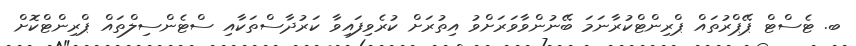
ބ. ޓެސްޓް ޕޭޕްރުތައް ޕްރިންޓްކުރާނަމަ ބޭނުންވާވަރަށްވު އިތުރަށް ކުރެވިފައިވާ ކަރުދާސްތަކާއި ސްޓެންސިލްތައް ޕްރިންޓްކޮށް